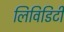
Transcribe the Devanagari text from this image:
लिविडिटी